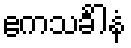
ဧကသင်္ခါနံ